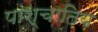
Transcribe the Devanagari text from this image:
पाश्चातिय